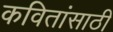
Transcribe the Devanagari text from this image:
कवितांसाठी